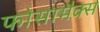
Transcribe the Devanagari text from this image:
फोसामैक्स